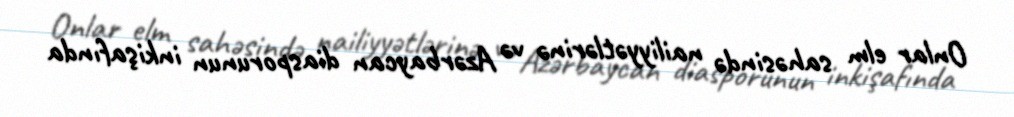
Onlar elm sahəsində nailiyyətlərinə və Azərbaycan diasporunun inkişafında